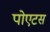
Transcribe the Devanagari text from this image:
पोएटस